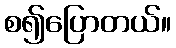
စ၍ပြောတယ်။